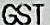
GST